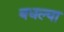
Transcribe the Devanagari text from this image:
बधल्या